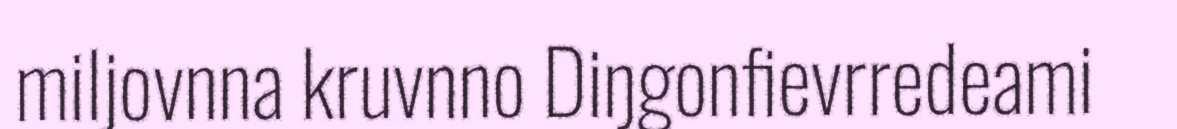
miljovnna kruvnno Diŋgonfievrredeami